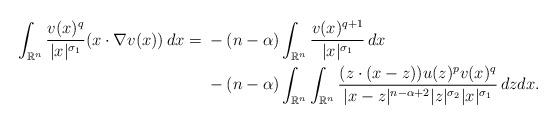
\begin{align*}\int_{\mathbb{R}^n} \frac{v(x)^{q}}{|x|^{\sigma_1}}(x\cdot \nabla v(x))\,dx= {} & -(n-\alpha)\int_{\mathbb{R}^n} \frac{v(x)^{q+1}}{|x|^{\sigma_1}}\,dx \\{} & - (n-\alpha)\int_{\mathbb{R}^n}\int_{\mathbb{R}^n} \frac{(z\cdot (x-z))u(z)^{p}v(x)^{q}}{|x-z|^{n-\alpha + 2}|z|^{\sigma_2}|x|^{\sigma_1}}\,dz dx.\end{align*}